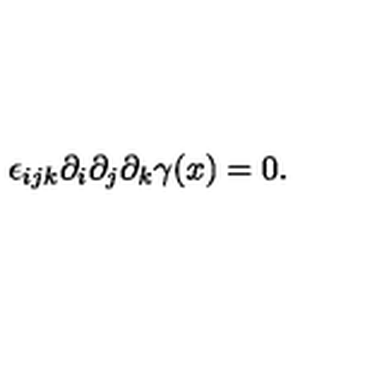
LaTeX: \epsilon _ { i j k } \partial _ { i } \partial _ { j } \partial _ { k } \gamma ( x ) = 0 .